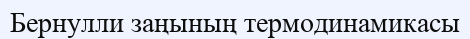
Бернулли заңының термодинамикасы